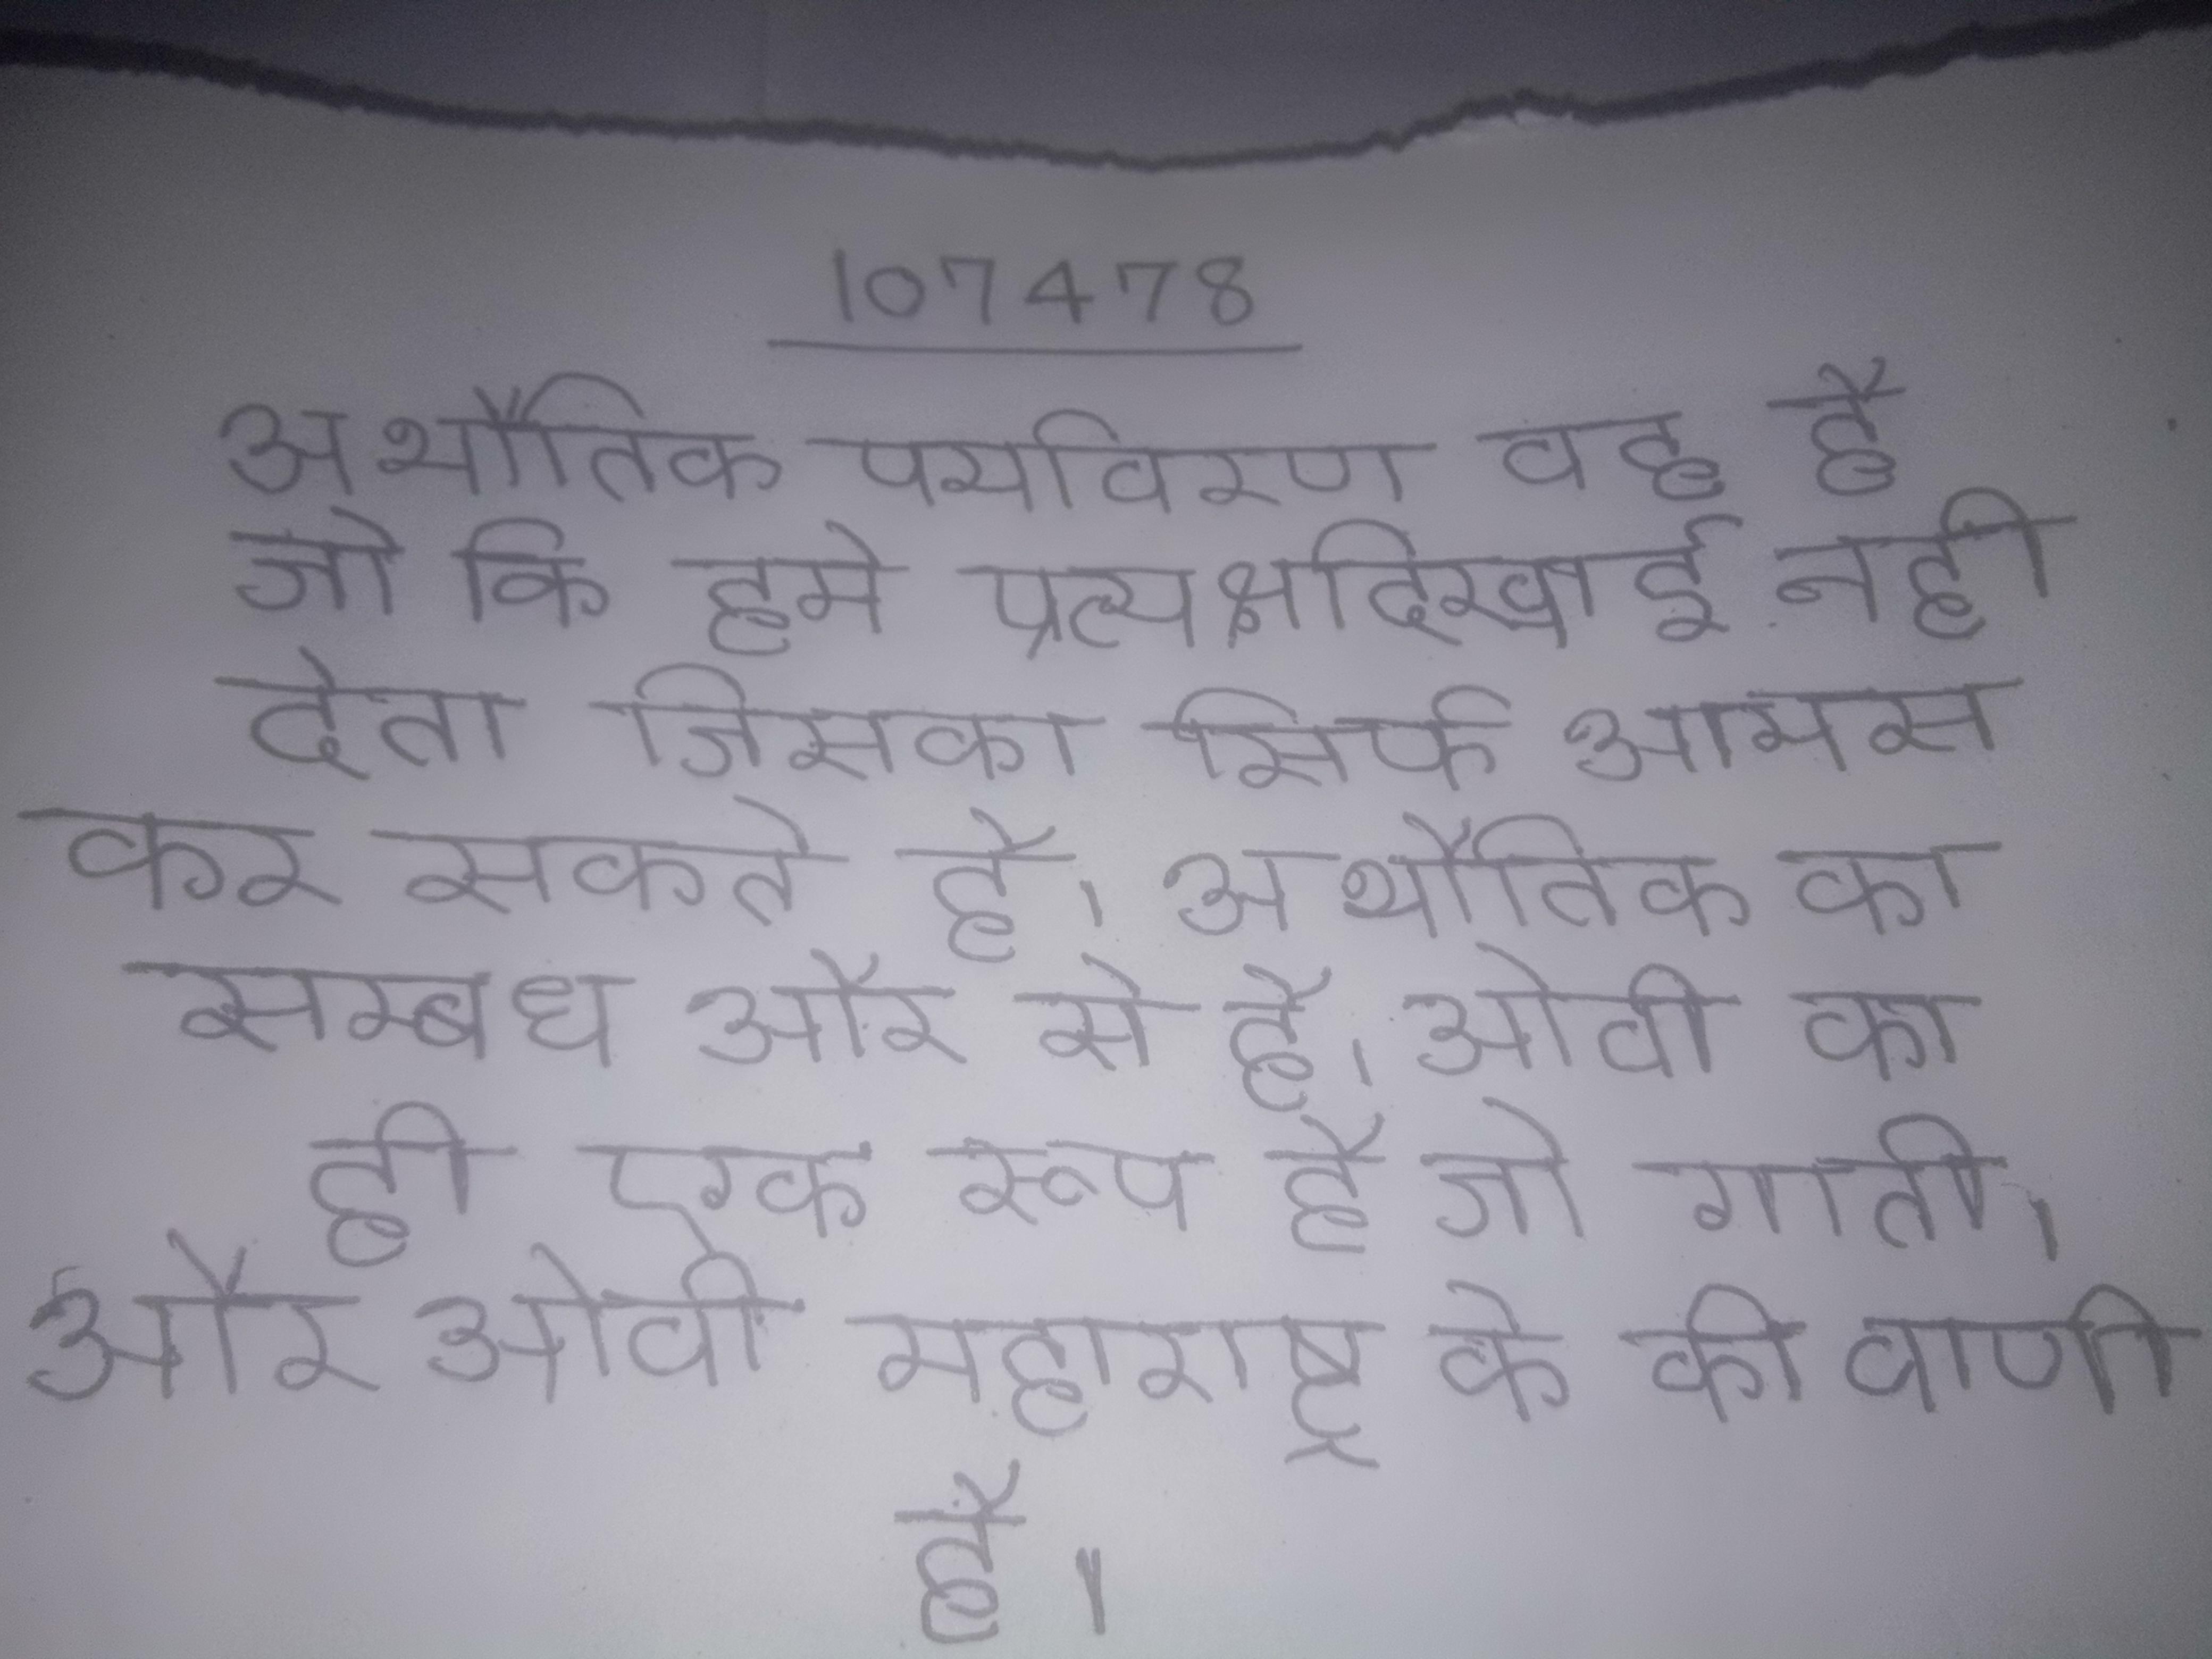
अभौतिक पर्यावरण वह है जो कि हमे प्रत्यक्ष दिखाई नही देता जिसका सिर्फ आभास कर सकते है । अभौतिक का सम्बध और से है । ओवी का ही एक रूप है जो गाती । और ओवी महाराष्ट्र के की वाणी है ।